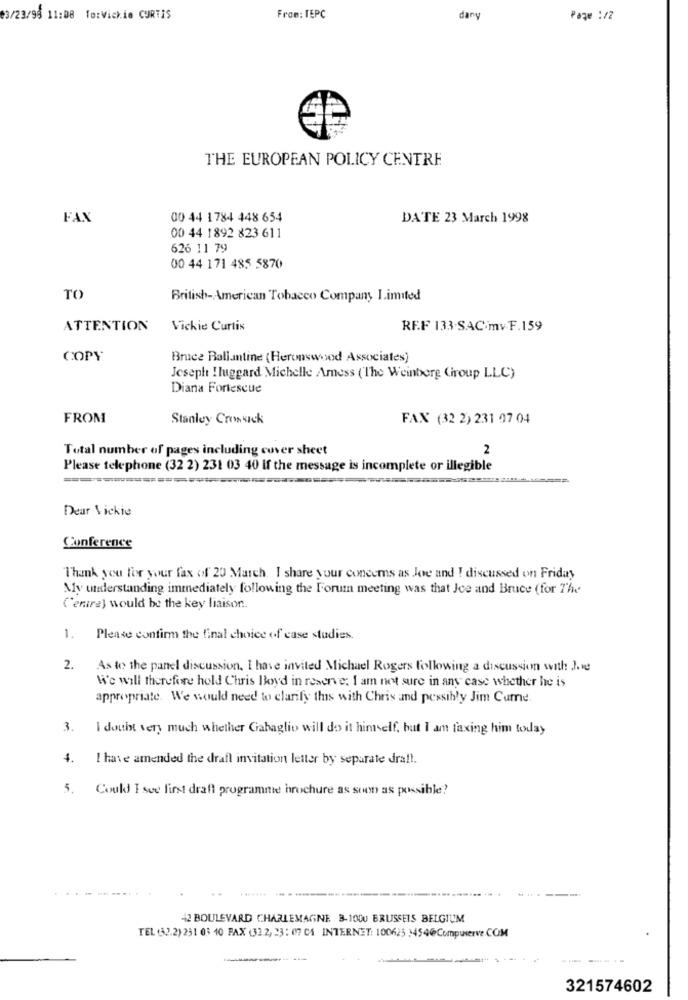
3/23/98 11:08 To:Vickie CURTIS
From: TEPC
dany
Page :/2
THE EUROPEAN POLICY CENTRE
FAX
00 44 1784 448 654
DATE 23 March 1998
00 44 1892 823 611
626 11 79
00 44 171 485 5870
TO
British-American Tobacco Company Limited
ATTENTION
Vickie Curtis
REF 133-SAC.mv.F.159
COPY
Bruce Ballantine (Heronswood Associates)
Jeseph !luggard Michelle Amess ('The Weinberg Group LLC)
Diana Fortescue
FROM
Stanley Crossick
FAX (32 2) 231 97 04
Total number of pages including cover sheet
2
Please telephone (32 2) 231 03 40 if the message is incomplete or illegible
Dear Vickie
Conference
Thank you for your fax of 20 March. I share your concems as Joe and ! discussed on Friday
Mly understanding immediately following the Forum meeting was that Joe and Bruce (for The
('emire) would be the key liaison ..
1.
Please confirm the final choice of case studies.
2.
As to the panel discussion, I have invited Michael Rogers following a discussion with Joe
We will therefore hold Chris lloyd in reserve; I am not sure in any case whether he is
appropriate. We would need to clarify this with Chris and possibly Jim Cume.
3.
I douit very much whether Gabaglio will do it himself, but I am faxing him today
4. I have amended the draft invitation letter by separate draft.
5. Could I see first draft programme brochure as soon as possible?
42 BOULEVARD CHARLEMAGNE B-1000 BRUSSELS BELGIUM
TEL (32.2) 231 03 40 FAX (33 2, 23: 07 CA INTERNET: 100625 1454@Compuserve.COM
321574602